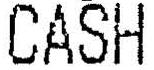
CASH